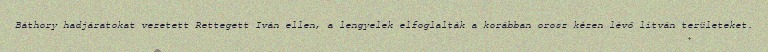
Báthory hadjáratokat vezetett Rettegett Iván ellen, a lengyelek elfoglalták a korábban orosz kézen lévő litván területeket.